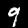
Label: 9